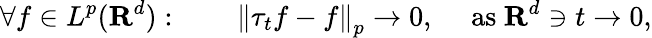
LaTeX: \forall f\in L^{p}(\mathbf{R}^{d}):\qquad\left\| \tau_{t}f-f\right\| _{p}\to 0,\quad{\mathrm{~as~}}\mathbf{R}^{d}\ni t\to 0,